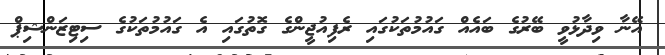
އޭނާ ވިދާޅުވީ ބޭރުގެ ބައެެއް ގައުމުތަކުގައި ރެފިއުޖީންގެ ގޮތުގައި އެ ގައުމުތަކުގެ ސިޓިޒަންޝިޕް